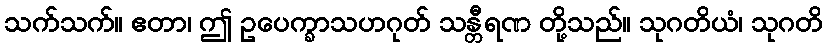
သက်သက်။ ဧတာ၊ ဤ ဥပေက္ခာသဟဂုတ် သန္တီရဏ တို့သည်။ သုဂတိယံ၊ သုဂတိ